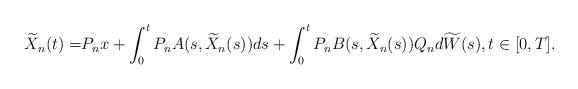
LaTeX: \begin{align*} \widetilde{X}_n(t)=& P_n x + \int_0^t P_n A(s,\widetilde{X}_n(s)) ds +\int_0^t P_n B(s,\widetilde{X}_n(s))Q_n d\widetilde{W}(s), t\in[0,T] .\end{align*}